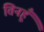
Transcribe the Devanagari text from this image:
तिनहूँ